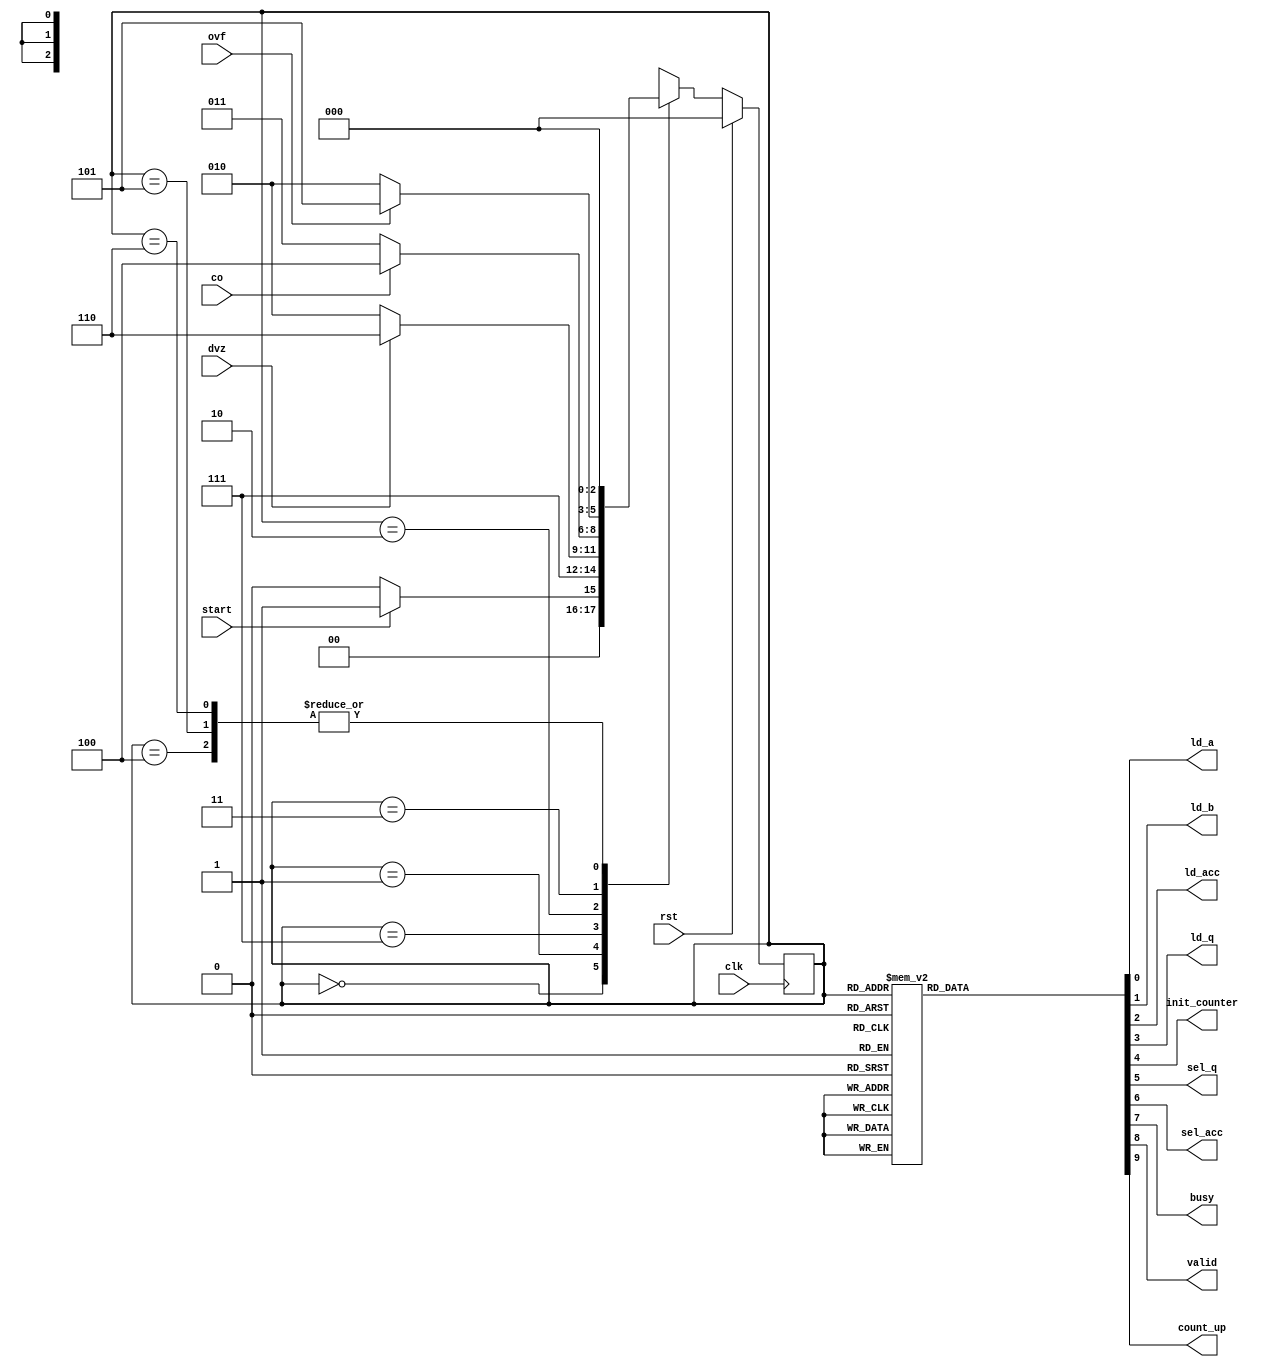
`define Idle 3'b000
`define Init 3'b001
`define Init2 3'b111
`define Count 3'b010
`define Load 3'b011
`define End 3'b100
`define Overflow 3'b101
`define DivideZero 3'b110

module controller(start, co, dvz, ovf, clk, rst, ld_a, ld_b, ld_acc, ld_q, init_counter, sel_q, sel_acc, busy, valid, count_up);
  input start, co, dvz, ovf, clk, rst;
  output reg ld_a, ld_b, ld_acc, ld_q, init_counter, sel_q, sel_acc, busy, valid, count_up;
  
  reg [2:0] ps, ns;
  
  always @(posedge clk) begin
    if (rst)
      ps <= `Idle;
    else
      ps <= ns;
  end
  
  always @(ps, start, dvz, co, ovf) begin
    case (ps)
      `Idle: ns = start ? `Init : `Idle;
	  `Init: ns = `Init2;
      `Init2: ns = dvz ? `DivideZero : `Count;
      `Count: ns = co ? `End : `Load;
      `Load: ns = ovf ? `Overflow : `Count;
      `End: ns = `Idle;
      `Overflow: ns = `Idle;
      `DivideZero: ns = `Idle;
      default: ns = `Idle;
    endcase
  end
  
  always @(ps) begin
    {ld_a, ld_b, ld_acc, ld_q, init_counter, sel_q, sel_acc, busy, count_up, valid} = 10'b0;
    case (ps)
      `Idle: ;
      `Init: {ld_a, ld_b, init_counter, busy} = 4'b1111;
	  `Init2: {ld_acc, ld_q, sel_q, sel_acc, busy} = 5'b11111;
      `Count: busy = 1'b1;
      `Load: {count_up, ld_acc, ld_q, busy} = 4'b1111;
      `End: valid = 1'b1;
      `Overflow: ;
      `DivideZero: ;
      default: ;
    endcase
  end
  
endmodule